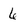
Character: 6